Problem: 8 × 6 = ?
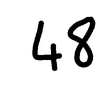
Handwritten answer: 48